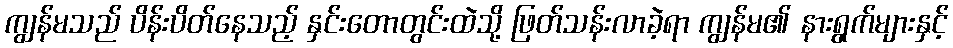
ကျွန်မသည် ပိန်းပိတ်နေသည့် နှင်းတောတွင်းထဲသို့ ဖြတ်သန်းလာခဲ့ရာ ကျွန်မ၏ နားရွက်များနှင့်